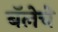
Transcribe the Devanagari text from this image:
बॅलेचे